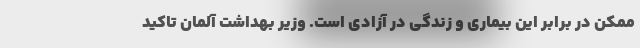
ممکن در برابر این بیماری و زندگی در آزادی است. وزیر بهداشت آلمان تاکید